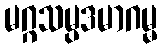
မဂ္ဂသမ္ပဒမာဂမ္မ